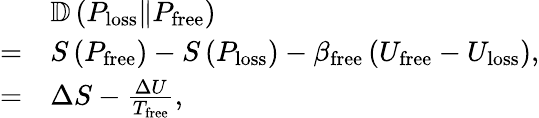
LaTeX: \begin{array}{rl}&{\mathbb{D}\left(P_{\mathrm{loss}}\Vert P_{\mathrm{free}}\right)}\\ {=}&{S\left(P_{\mathrm{free}}\right)-S\left(P_{\mathrm{loss}}\right)-\beta_{\mathrm{free}}\left(U_{\mathrm{free}}-U_{\mathrm{loss}}\right),}\\ {=}&{\Delta S-\frac{\Delta U}{T_{\mathrm{free}}},}\end{array}